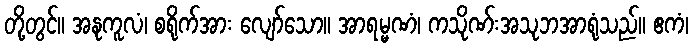
တို့တွင်။ အနုကူလံ၊ စရိုက်အား လျော်သော။ အာရမ္မဏံ၊ ကသိုဏ်းအသုဘအာရုံသည်။ ဧကံ၊